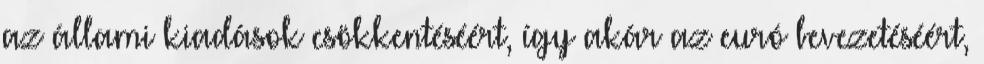
az állami kiadások csökkentéséért, így akár az euró bevezetéséért,